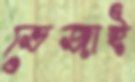
ভেজাই